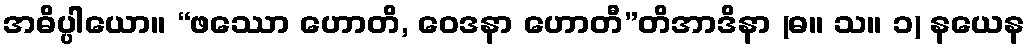
အဓိပ္ပါယော။ “ဖဿော ဟောတိ, ဝေဒနာ ဟောတီ”တိအာဒိနာ (ဓ။ သ။ ၁) နယေန